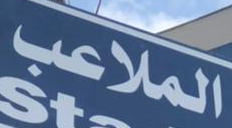
الملاعب